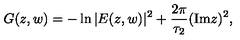
G ( z , w ) = - \ln { | E ( z , w ) | ^ { 2 } } + \frac { 2 \pi } { \tau _ { 2 } } ( \mathrm { I m } z ) ^ { 2 } ,